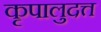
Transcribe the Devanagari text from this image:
कृपालुदत्त